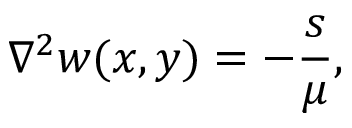
\nabla ^ { 2 } w ( x , y ) = - \frac { s } { \mu } ,